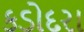
કડોદરા